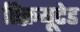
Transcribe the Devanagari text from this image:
रिक्रयूटेड